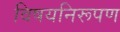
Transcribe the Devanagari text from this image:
विषयनिरूपण